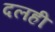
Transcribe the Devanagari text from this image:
दलही